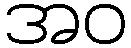
အဝ